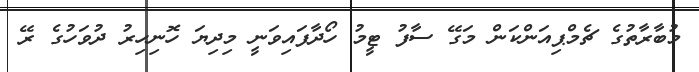
މުބާރާތުގެ ޗެމްޕިއަންކަން މަގޭ ސާފު ޓީމު ހޯދާފައިވަނީ މިދިޔަ ހޮނިހިރު ދުވަހުގެ ރޭ